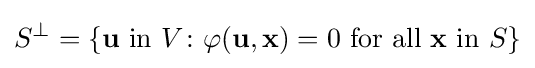
S^{\bot }=\{\mathbf {u} {\text{ in }}V\colon \varphi (\mathbf {u} ,\mathbf {x} )=0{\text{ for all }}\mathbf {x} {\text{ in }}S\}